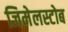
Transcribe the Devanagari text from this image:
जिमेलस्टोब